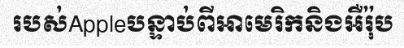
របស់Appleបន្ទាប់ពីអាមេរិកនិងអឺរ៉ុប